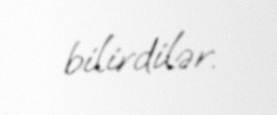
bilirdilər.